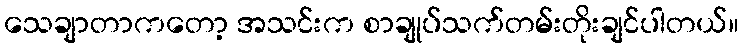
သေချာတာကတော့ အသင်းက စာချုပ်သက်တမ်းတိုးချင်ပါတယ်။